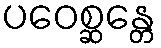
ပဝေစ္ဆန္တေ